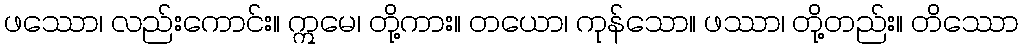
ဖဿော၊ လည်းကောင်း။ ဣမေ၊ တို့ကား။ တယော၊ ကုန်သော။ ဖဿာ၊ တို့တည်း။ တိဿော